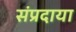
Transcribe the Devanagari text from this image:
संप्रदाया